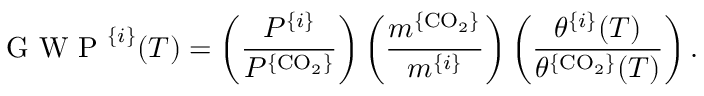
\mathrm { ~ G ~ W ~ P ~ } ^ { \{ i \} } ( T ) = \left( \frac { P ^ { \{ i \} } } { P ^ { \{ \mathrm { C O } _ { 2 } \} } } \right) \left( \frac { m ^ { \{ \mathrm { C O } _ { 2 } \} } } { m ^ { \{ i \} } } \right) \left( \frac { \theta ^ { \{ i \} } ( T ) } { \theta ^ { \{ \mathrm { C O } _ { 2 } \} } ( T ) } \right) .